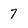
Character: 7